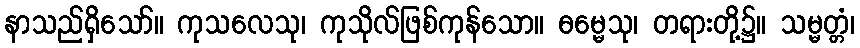
နာသည်ရှိသော်။ ကုသလေသု၊ ကုသိုလ်ဖြစ်ကုန်သော။ ဓမ္မေသု၊ တရားတို့၌။ သမ္မတ္တံ၊